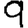
Digit: 9